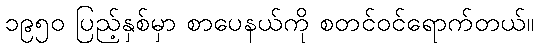
၁၉၅၀ ပြည့်နှစ်မှာ စာပေနယ်ကို စတင်ဝင်ရောက်တယ်။